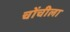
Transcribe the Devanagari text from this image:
चोंचीला